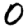
Digit: 0